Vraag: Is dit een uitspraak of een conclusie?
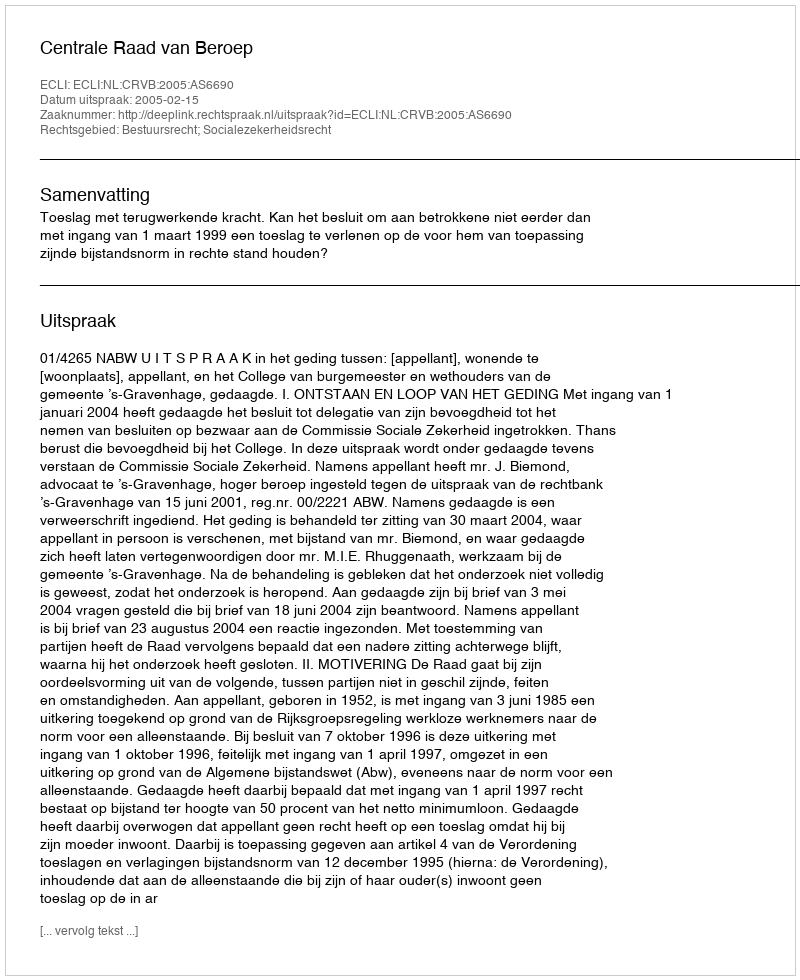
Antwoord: Uitspraak